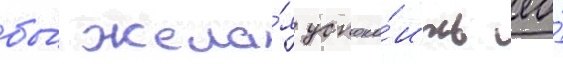
бы́ жела́я успоко́ить ео́